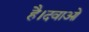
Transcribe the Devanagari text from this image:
है।दवाओं